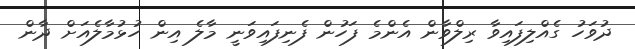
ދުވަހު ގެއްލިފައިވާ ރިލްވާން އެންމެ ފަހުން ފެނިފައިވަނީ މާލެ އިން ހުޅުމާލެއަށް ދާން